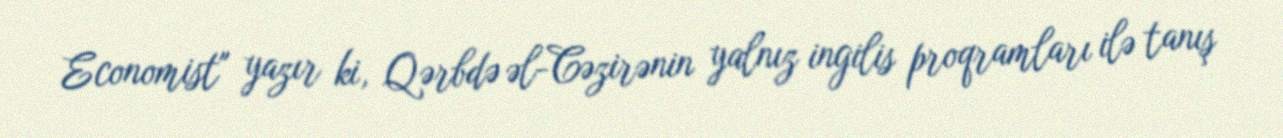
Economist" yazır ki, Qərbdə əl-Cəzirənin yalnız ingilis proqramları ilə tanış